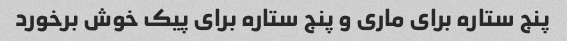
پنج ستاره برای ماری و پنج ستاره برای پیک خوش برخورد